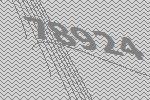
78924